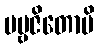
ပဗ္ဗဇိတောပိ